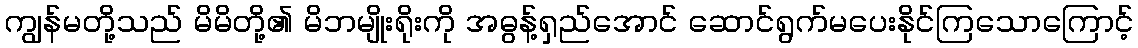
ကျွန်မတို့သည် မိမိတို့၏ မိဘမျိုးရိုးကို အဓွန့်ရှည်အောင် ဆောင်ရွက်မပေးနိုင်ကြသောကြောင့်